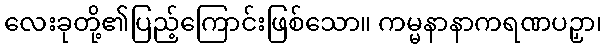
လေးခုတို့၏ပြည့်ကြောင်းဖြစ်သော။ ကမ္မနာနာကရဏပဉှာ၊